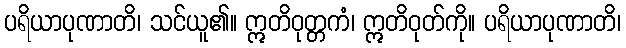
ပရိယာပုဏာတိ၊ သင်ယူ၏။ ဣတိဝုတ္တကံ၊ ဣတိဝုတ်ကို။ ပရိယာပုဏာတိ၊